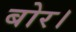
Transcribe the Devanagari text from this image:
बोर।